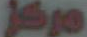
مركز